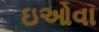
ઇઓવા